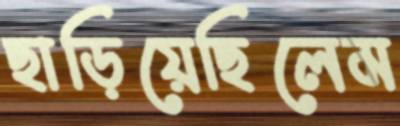
ছাড়িয়েছিলেম